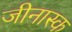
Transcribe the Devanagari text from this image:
जीनास्‍क